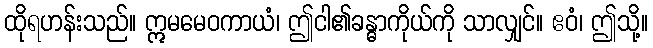
ထိုရဟန်းသည်။ ဣမမေဝကာယံ၊ ဤငါ၏ခန္ဓာကိုယ်ကို သာလျှင်။ ဧဝံ၊ ဤသို့။